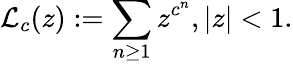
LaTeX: {\mathcal{L}}_{c}(z):=\sum_{n\geq 1}z^{c^{n}},|z|<1.